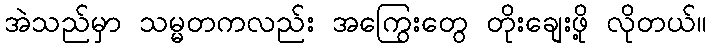
အဲသည်မှာ သမ္မတကလည်း အကြွေးတွေ တိုးချေးဖို့ လိုတယ်။